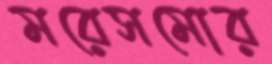
মরেসমোর